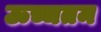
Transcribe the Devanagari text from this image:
ऊच्चतम